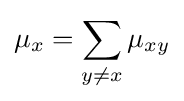
\mu _{x}=\sum _{y\neq x}\mu _{xy}